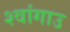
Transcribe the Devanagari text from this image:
श्वांगाउ